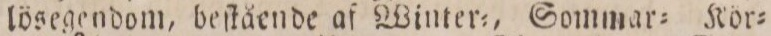
lösegendom, beſtående af Winter=, Sommar= Kör=